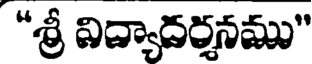
"శ్రీ విద్యాదర్శనము"